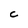
Character: c